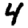
Digit: 4